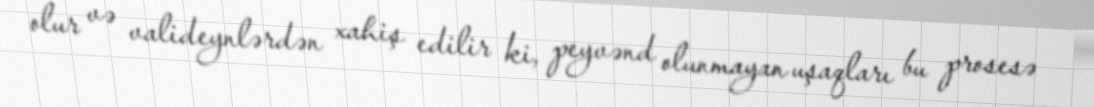
olur və valideynlərdən xahiş edilir ki, peyvənd olunmayan uşaqları bu prosesə